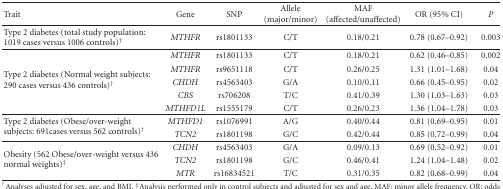
<table><thead><tr><td><b>Trait</b></td><td><b>Gene</b></td><td><b>SNP</b></td><td><b>Allele (major/minor)</b></td><td><b>MAF (affected/unaffected)</b></td><td><b>OR (95% CI)</b></td><td><b><i>P</i></b></td></tr></thead><tbody><tr><td>Type 2 diabetes (total study population: 1019 cases versus 1006 controls)<sup>†</sup></td><td><i>MTHFR</i></td><td>rs1801133</td><td>C/T</td><td>0.18/0.21</td><td>0.78 (0.67–0.92)</td><td>0.003</td></tr><tr><td rowspan="5">Type 2 diabetes (Normal weight subjects: 290 cases versus 436 controls)<sup>†</sup></td><td><i>MTHFR</i></td><td>rs1801133</td><td>C/T</td><td>0.18/0.21</td><td>0.62 (0.46–0.85)</td><td>0.002</td></tr><tr><td><i>MTHFR</i></td><td>rs9651118</td><td>C/T</td><td>0.26/0.25</td><td>1.31 (1.01–1.68)</td><td>0.04</td></tr><tr><td><i>CHDH</i></td><td>rs4563403</td><td>G/A</td><td>0.10/0.11</td><td>0.66 (0.45–0.95)</td><td>0.02</td></tr><tr><td><i>CBS</i></td><td>rs706208</td><td>T/C</td><td>0.41/0.39</td><td>1.30 (1.03–1.63)</td><td>0.03</td></tr><tr><td><i>MTHFD1L</i></td><td>rs1555179</td><td>C/T</td><td>0.26/0.23</td><td>1.36 (1.04–1.78)</td><td>0.03</td></tr><tr><td rowspan="2">Type 2 diabetes (Obese/over-weight subjects: 691cases versus 562 controls)<sup>†</sup> </td><td><i>MTHFD1</i></td><td>rs1076991</td><td>A/G</td><td>0.40/0.44</td><td>0.81 (0.69–0.95)</td><td>0.01</td></tr><tr><td><i>TCN2</i></td><td>rs1801198</td><td>G/C</td><td>0.42/0.44</td><td>0.85 (0.72–0.99)</td><td>0.04</td></tr><tr><td rowspan="3">Obesity (562 Obese/over-weight versus 436 normal weights)<sup>‡</sup></td><td><i>CHDH</i></td><td>rs4563403</td><td>G/A</td><td>0.09/0.13</td><td>0.69 (0.52–0.92)</td><td>0.01</td></tr><tr><td><i>TCN2</i></td><td>rs1801198</td><td>G/C</td><td>0.46/0.41</td><td>1.24 (1.04–1.48)</td><td>0.02</td></tr><tr><td><i>MTR</i></td><td>rs16834521</td><td>T/C</td><td>0.31/0.35</td><td>0.82 (0.68–0.99)</td><td>0.04</td></tr></tbody></table>